Cholera in southern India
Disease focus: Cholera
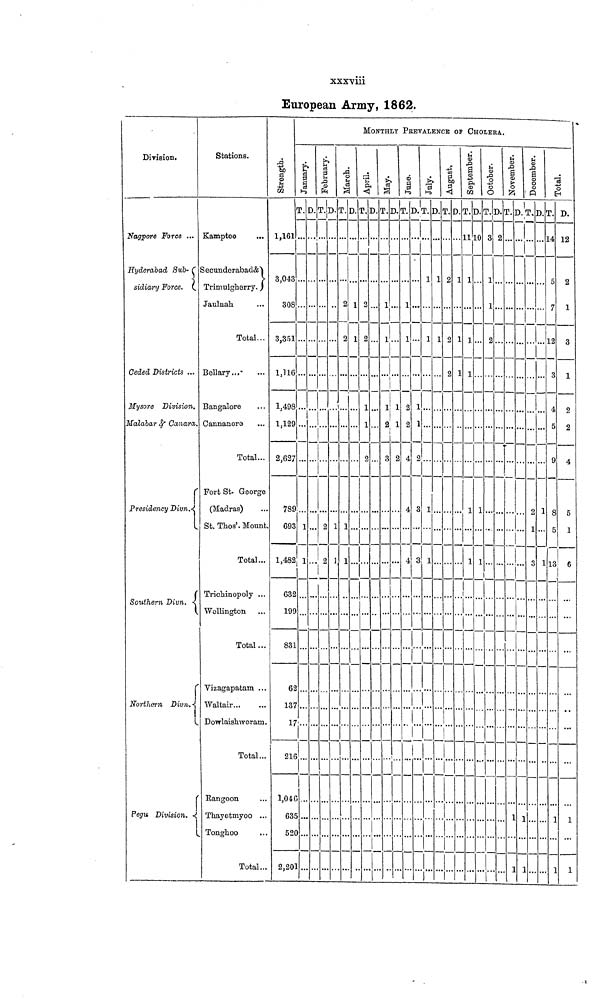
xxxviii
European Army, 1862.
Division.
Nagpore Force ...
Hyderabad Sub-
sidiary Force.
Ceded Districts ...
Mysore Division.
Malabar & Canara
(
Presidency Divn.
1
Southern Divn. •
Northern Divn.
Pegu Division.
Stations.
Kamptee
Secunderabad &
Trimulgherry.
Jaulnah
Total...
Bellary...
Bangalore
Cannanore
Total...
' Port St. George
(Madras)
St. Thos'. Mount.
Total..
Trichinopoly ..
Wellington
Total..
Vizagapatam .
Waltair...
Dowlaishweram
Total...
Rangoon
Thayetmyoo ..
Tonghoo
Total..
Strength.
1,161
3,043
308
3,351
1,498
1,129
2,627
789
693
1,482
632
199
831
62
137
17
216
1,046
635
520
2,201
MONTHLY PREVALENCE OF CHOLERA.
January.
T.
7
.
D.
1 .
1.
.. .
..
..
..
...
...
February.
T.
.
.
D
2
2
March.
T.
. 2
1
1
D
.
1
April.
T.
2
1 2
. 1
1
.. 2
D.
...
...
..
..
!
May.
T.
1
1
1
V
3
D.
...
]
2
June.
1
1
2
2
4
4
4
D.
...
...
1
1
2
3
3
1
July.
T.
1
1
3
5
]
D.
1
1
.
1.
August.
T.
2
2
1
September.
T.
1
1
...
1
1
••
D.
10
1
October.
T.
3
1
1
c
D.
2
November.
T
...
...
D.
...
1
1
December.
T.
...
••
2
]
1.
1
D.
••
L ..
Total.
T.
4
7
12
5
1
D.
12
2
1
3
1
2
2
4
5
1
6
1 1
1 1